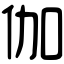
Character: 伽